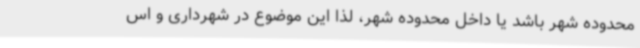
محدوده شهر باشد یا داخل محدوده شهر، لذا این موضوع در شهرداری و اس